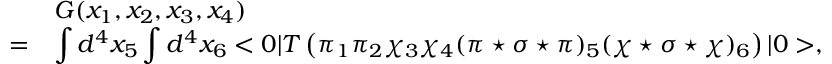
\begin{array} { r l } { { } } & { { G ( x _ { 1 } , x _ { 2 } , x _ { 3 } , x _ { 4 } ) } } \\ { { = } } & { { \displaystyle \int d ^ { 4 } x _ { 5 } \int d ^ { 4 } x _ { 6 } < 0 | T \left( \pi _ { 1 } \pi _ { 2 } \chi _ { 3 } \chi _ { 4 } ( \pi \star \sigma \star \pi ) _ { 5 } ( \chi \star \sigma \star \chi ) _ { 6 } \right) | 0 > , } } \end{array}